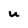
Character: U